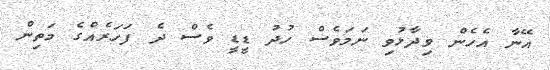
އޭނާ އެހެން ވިދާޅުވި ނަމަވެސް ހުދު ޑީޑީ ވެސް ދެ ފަހަރެއްގެ މަތިން